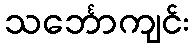
သင်္ဘောကျင်း